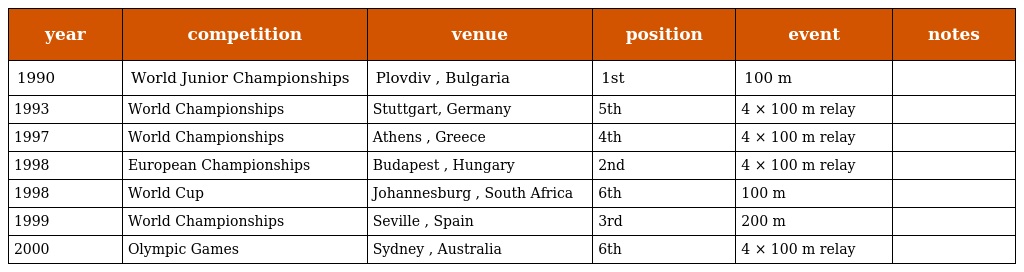
| year | competition | venue | position | event | notes |
 | --- | --- | --- | --- | --- | --- |
 | 1990 | World Junior Championships | Plovdiv , Bulgaria | 1st | 100 m |  |
 | 1993 | World Championships | Stuttgart, Germany | 5th | 4 × 100 m relay |  |
 | 1997 | World Championships | Athens , Greece | 4th | 4 × 100 m relay |  |
 | 1998 | European Championships | Budapest , Hungary | 2nd | 4 × 100 m relay |  |
 | 1998 | World Cup | Johannesburg , South Africa | 6th | 100 m |  |
 | 1999 | World Championships | Seville , Spain | 3rd | 200 m |  |
 | 2000 | Olympic Games | Sydney , Australia | 6th | 4 × 100 m relay |  |